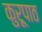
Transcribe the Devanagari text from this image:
कुरूपाठ